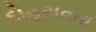
દોહરાવતા